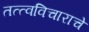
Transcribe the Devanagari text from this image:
तत्त्वविचाराचे